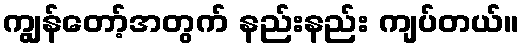
ကျွန်တော့်အတွက် နည်းနည်း ကျပ်တယ်။